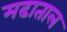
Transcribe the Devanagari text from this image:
मढाताल